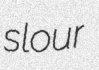
slour